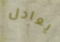
يعادل